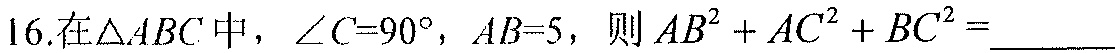
16.在\(\triangle ABC\)中，\(\angle C = 90^{\circ}\)，\(AB = 5\)，则\(AB^{2}+AC^{2}+BC^{2}=\underline{\quad\quad}\)